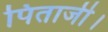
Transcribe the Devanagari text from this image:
पिताजी।